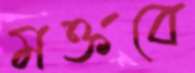
মক্তবে